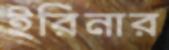
ইরিনার